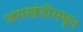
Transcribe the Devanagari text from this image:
जमखंडीमधून